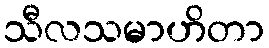
သီလသမာဟိတာ